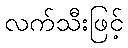
လက်သီးဖြင့်